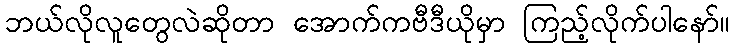
ဘယ်လိုလူတွေလဲဆိုတာ အောက်ကဗီဒီယိုမှာ ကြည့်လိုက်ပါနော်။